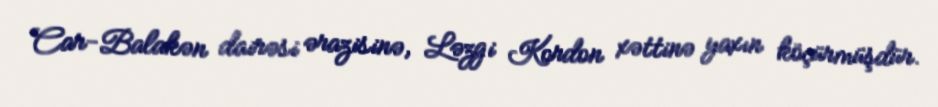
Car-Balakən dairəsi ərazisinə, Ləzgi Kordon xəttinə yaxın köçürmüşdür.